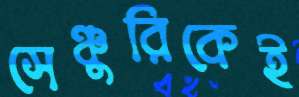
সেঞ্চুরিকেই